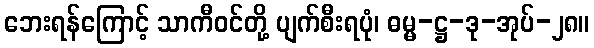
ဘေးရန်ကြောင့် သာကီဝင်တို့ ပျက်စီးရပုံ၊ ဓမ္မ-ဋ္ဌ-ဒု-အုပ်-၂၈။